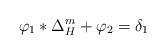
LaTeX: \begin{align*}\displaystyle \varphi_1\ast \Delta_H^m+\varphi_2=\delta_1\end{align*}